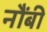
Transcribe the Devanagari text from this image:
नौंबी